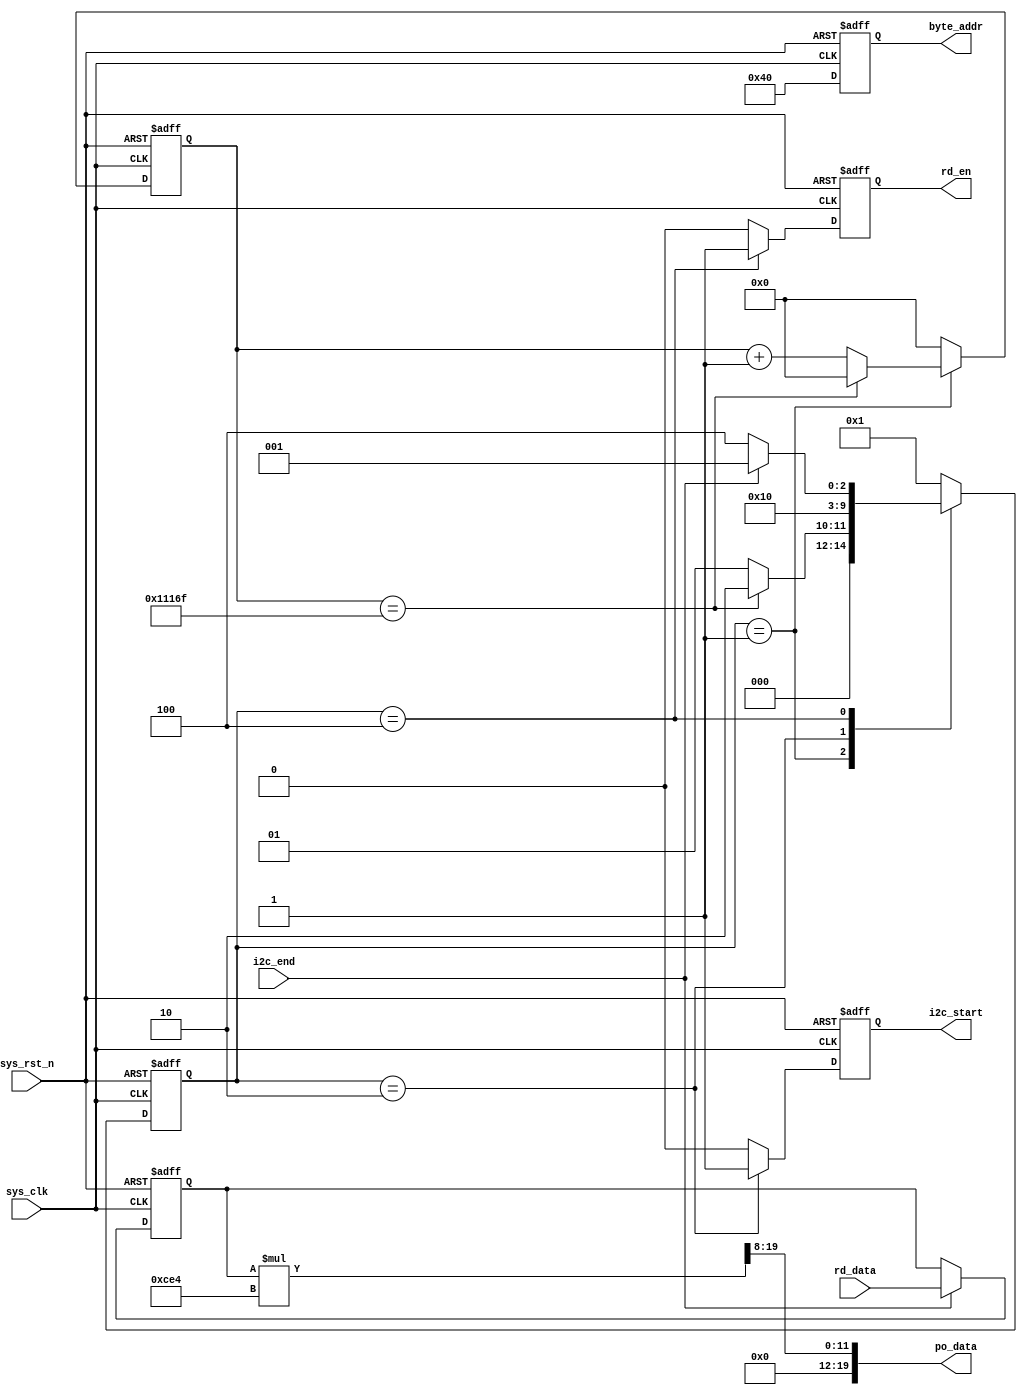
`timescale  1ns/1ns
////////////////////////////////////////////////////////////////////////
// Module Name   : pcf8591_adda
// Project Name  : ad
// Target Devices: Altera EP4CE10F17C8N
// Tool Versions : Quartus 13.0
// Description   : AD
// 
// Revision      : V1.0
// Additional Comments:
// 
// : _Pro_FPGA
//     : http://www.embedfire.com
//     : http://www.firebbs.cn
//     : https://fire-stm32.taobao.com
////////////////////////////////////////////////////////////////////////

module  pcf8591_ad
(
    input   wire            sys_clk     ,   //,50MHz
    input   wire            sys_rst_n   ,   //,
    input   wire            i2c_end     ,   //i2c/
    input   wire    [7:0]   rd_data     ,   //i2c

    output  reg             rd_en       ,   //i2c
    output  reg             i2c_start   ,   //i2c
    output  reg     [15:0]  byte_addr   ,   //i2c
    output  wire    [19:0]  po_data         //
);

//************************************************************************//
//******************** Parameter and Internal Signal *********************//
//************************************************************************//
//parameter     define
parameter   CTRL_DATA   =   8'b0100_0000;   //AD/DA
parameter   CNT_WAIT_MAX=   18'd6_9999  ;   //
parameter   IDLE        =   3'b001,
            AD_START    =   3'b010,
            AD_CMD      =   3'b100;

//wire  define
wire    [31:0]  data_reg/* synthesis keep */;   //

//reg   define
reg     [17:0]  cnt_wait;   //
reg     [4:0]   state   ;   //
reg     [7:0]   ad_data ;   //AD

//********************************************************************//
//***************************** Main Code ****************************//
//********************************************************************//
//cnt_wait:
always@(posedge sys_clk or negedge sys_rst_n)
    if(sys_rst_n == 1'b0)
        cnt_wait    <=  18'd0;
    else    if(state == IDLE)
        if(cnt_wait == CNT_WAIT_MAX)
            cnt_wait    <=  18'd0;
        else
            cnt_wait    <=  cnt_wait + 18'd1;
    else
        cnt_wait    <=  18'd0;

//state:
always@(posedge sys_clk or negedge sys_rst_n)
    if(sys_rst_n == 1'b0)
        state   <=  IDLE;
    else
        case(state)
            IDLE:
                if(cnt_wait == CNT_WAIT_MAX)
                    state   <=  AD_START;
                else
                    state   <=  IDLE;
            AD_START:
                state   <=  AD_CMD;
            AD_CMD:
                if(i2c_end == 1'b1)
                    state   <=  IDLE;
                else
                    state   <=  AD_CMD;
            default:state   <=  IDLE;
        endcase

//i2c_start:i2c
always@(posedge sys_clk or negedge sys_rst_n)
    if(sys_rst_n == 1'b0)
        i2c_start   <=  1'b0;
    else    if(state == AD_START)
        i2c_start   <=  1'b1;
    else
        i2c_start   <=  1'b0;

//rd_en:i2c
always@(posedge sys_clk or negedge sys_rst_n)
    if(sys_rst_n == 1'b0)
        rd_en   <=  1'b0;
    else    if(state == AD_CMD)
        rd_en   <=  1'b1;
    else
        rd_en   <=  1'b0;

//byte_addr:i2c
always@(posedge sys_clk or negedge sys_rst_n)
    if(sys_rst_n == 1'b0)
        byte_addr   <=  16'b0;
    else
        byte_addr   <=  CTRL_DATA;

//ad_data:AD
always@(posedge sys_clk or negedge sys_rst_n)
    if(sys_rst_n == 1'b0)
        ad_data <=  8'b0;
    else    if(i2c_end == 1'b1) //(state == AD_CMD) && (i2c_end == 1'b1))
        ad_data <=  rd_data;

//data_reg:
assign  data_reg = ((ad_data * 3300) >> 4'd8);

//po_data:
assign  po_data = data_reg[19:0];

endmodule